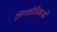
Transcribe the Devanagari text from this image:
लिंगकोशिकाओं